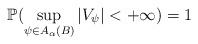
\begin{align*}\mathbb{P}(\sup_{\psi\in A_{\alpha}(B)}|V_{\psi}| < + \infty) = 1\end{align*}